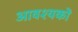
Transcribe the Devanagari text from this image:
आवश्यकों